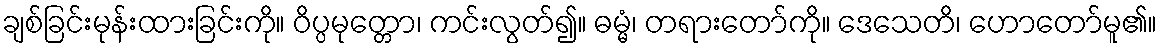
ချစ်ခြင်းမုန်းထားခြင်းကို။ ဝိပ္ပမုတ္တော၊ ကင်းလွတ်၍။ ဓမ္မံ၊ တရားတော်ကို။ ဒေသေတိ၊ ဟောတော်မူ၏။